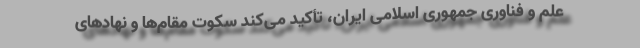
علم و فناوری جمهوری اسلامی ایران، تأکید می‌کند سکوت مقام‌ها و نهادهای